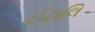
ઈટાલિ